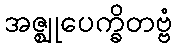
အဇ္ဈုပေက္ခိတဗ္ဗံ